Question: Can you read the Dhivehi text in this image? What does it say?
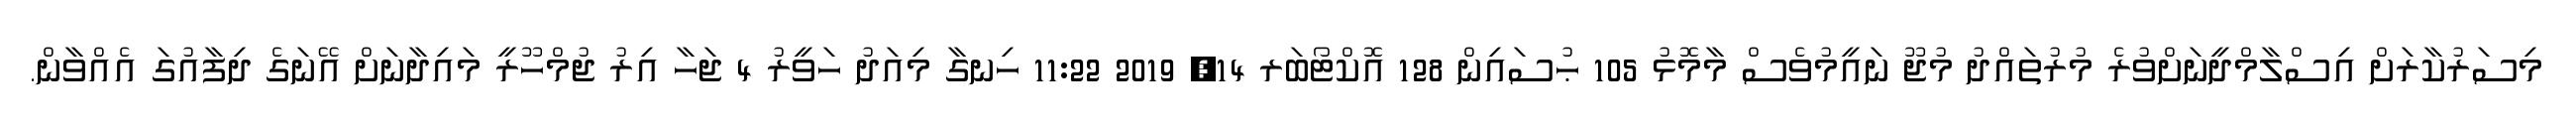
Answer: މިސަރުކާރަށް އިސްލާމްދީނަށްވުރެ މުރުތައްދު މުޖޫ ނައީމުވެސް މާމޮޅު 105 ޙުސައިން 128 އޮކްޓޯބަރ 14, 2019 11:22 ހިނގާ މިއަދު ހަވީރު 4 ޖަހާ އިރު ޖުމްހޫރީ މައިދާނަށް އޭނަގެ ދިފާއުގަ އެއްވާން.